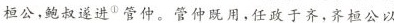
桓公，鲍叔遂进^{①}管仲。管仲既用，任政于齐，齐桓公以